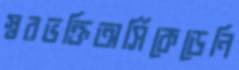
স্বরভক্তিঅর্সিকেডেনি